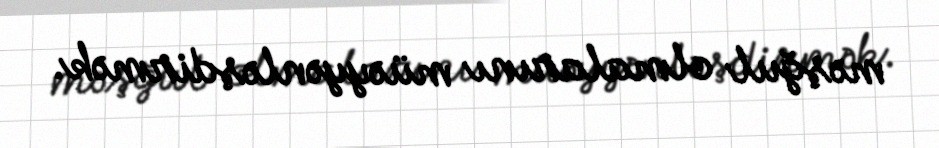
məşğul olmalarını müəyyənləşdirmək.